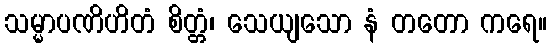
သမ္မာပဏိဟိတံ စိတ္တံ၊ သေယျသော နံ တတော ကရေ။